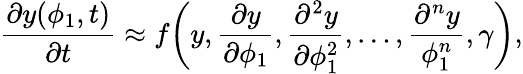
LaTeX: \frac{\partial y(\phi_{1},t)}{\partial t}\approx f\bigg(y,\frac{\partial y}{\partial\phi_{1}},\frac{\partial^{2}y}{\partial\phi_{1}^{2}},\ldots,\frac{\partial^{n}y}{\phi_{1}^{n}},\gamma\bigg),